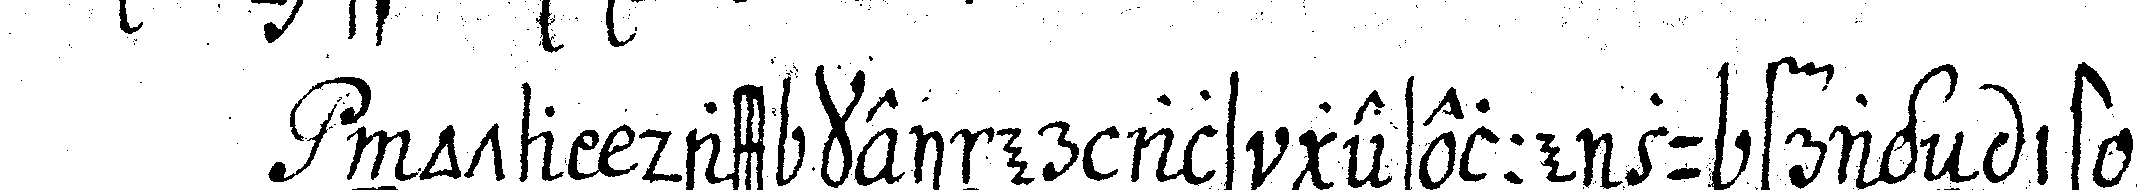
nota dass keiner als geselle zu frageN ist be